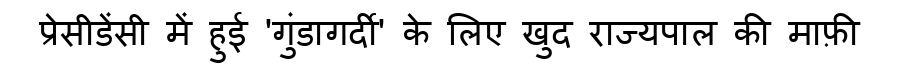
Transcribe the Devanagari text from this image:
प्रेसीडेंसी में हुई 'गुंडागर्दी' के लिए खुद राज्यपाल की माफ़ी